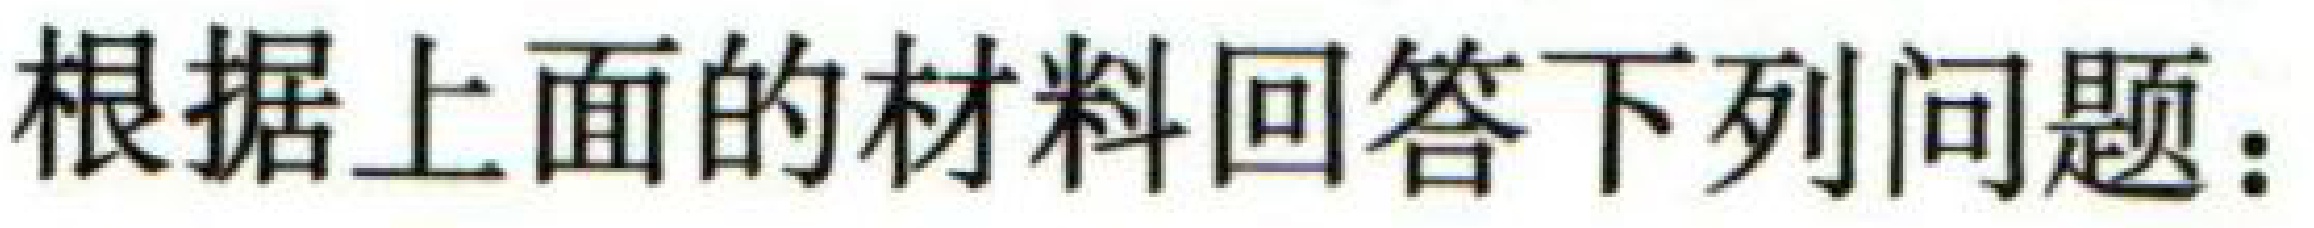
根据上面的材料回答下列问题：